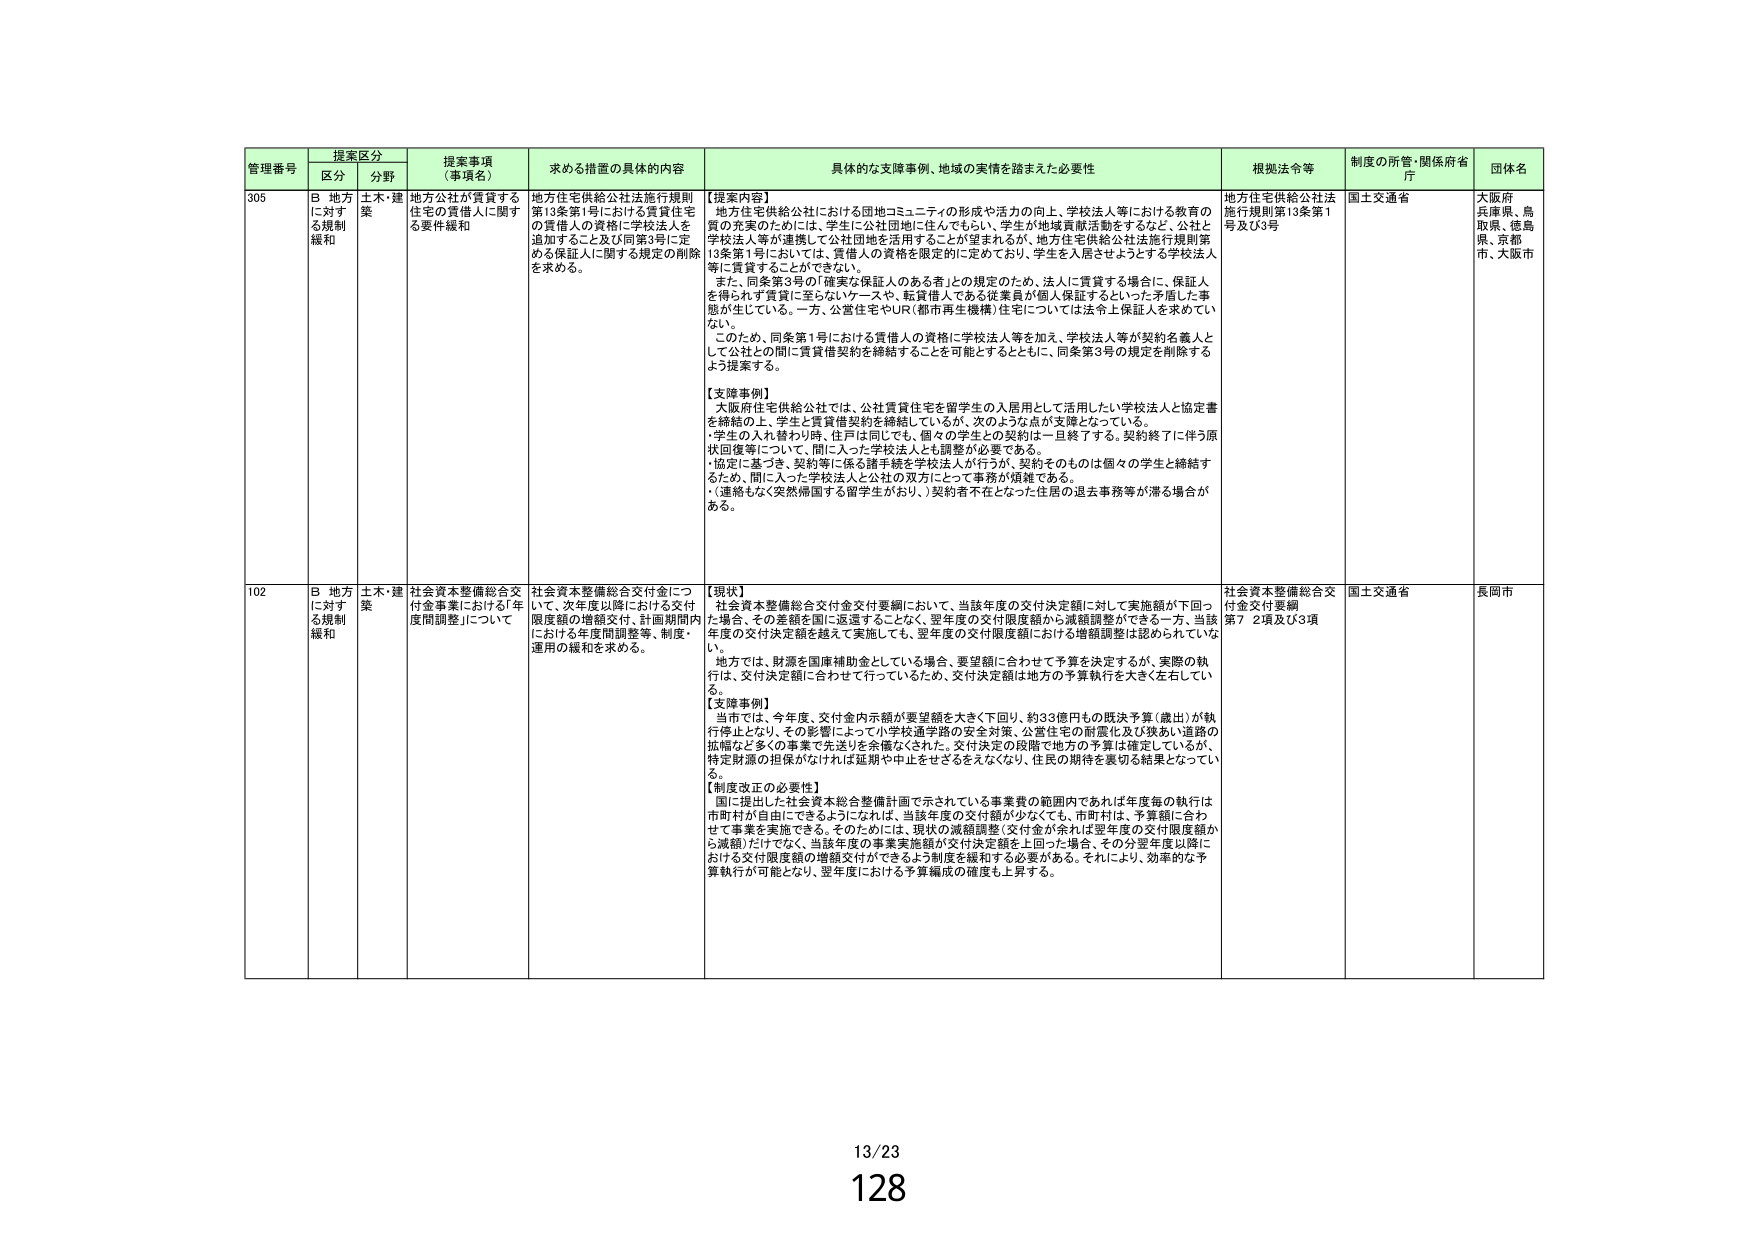
管理番号 提案区分 提案事項（事項名） 求める措置の具体的内容 具体的な支援事例、地域の実情を踏まえた必要性 根拠法令等 制度の所管・関係府省庁 団体名
区分 分野
305 B 地方に対する規制緩和 土木・建築 地方公社が賃貸する住宅の賃借人に関する要件緩和 地方住宅供給公社法施行規則第13条第1号における賃貸住宅の賃借人の資格に学校法人を追加すること及び同第3号に定める保証人に関する規定の削除を求める。 【提案内容】 地方住宅供給公社における団地コミュニティの形成や活力の向上、学校法人等における教育の質の充実のためには、学生に公社団地に住んでもらい、学生が地域貢献活動をするなど、公社と学校法人等が連携して公社団地を活用することが望まれるが、地方住宅供給公社法施行規則第13条第1号においては、賃借人の資格を限定的に定めており、学生を入居させようとする学校法人等に賃貸することができない。 また、同条第3号の「確実な保証人のある者」との規定のため、法人に賃貸する場合に、保証人を得られず賃貸に至らないケースや、転貸借人である従業員が個人保証するといった矛盾した事態が生じている。一方、公営住宅やUR（都市再生機構）住宅については法令上保証人を求めない。 このため、同条第1号における賃借人の資格に学校法人等を加え、学校法人等が契約名義人として公社との間に賃貸借契約を締結することを可能とするとともに、同条第3号の規定を削除するよう提案する。 【支援事例】 大阪府住宅供給公社では、公社賃貸住宅を留学生の入居用として活用したい学校法人と協定書を締結の上、学生と賃貸借契約を締結しているが、次のような点が支障となっている。 ・学生の入れ替わり時、住戸は同じでも、個々の学生との契約は一旦終了する。契約終了に伴う原状回復等について、間に入った学校法人とも調整が必要である。 ・協定に基づき、契約等に係る諸手続を学校法人が行うが、契約そのものは個々の学生と締結するため、間に入った学校法人と公社の双方にとって事務が煩雑である。 （連絡もなく突然帰国する留学生がおり、）契約者不在となった住居の退去事務等が滞る場合がある。 地方住宅供給公社法施行規則第13条第1号及び3号 国土交通省 大阪府 兵庫県、鳥取県、徳島県、京都府、大阪市
102 B 地方に対する規制緩和 土木・建築 社会資本整備総合交付金事業における「年度間調整」について 社会資本整備総合交付金について、次年度以降における交付限度額の増額交付、計画期間内における年度間調整等、制度・運用の緩和を求める。 【現状】 社会資本整備総合交付金交付要綱において、当該年度の交付決定額に対して実施額が下回った場合、その差額を国に返還することなく、翌年度の交付限度額から減額調整ができる一方、当該年度の交付決定額を越えて実施しても、翌年度の交付限度額における増額調整は認められていな い。 地方では、財源を国庫補助金としている場合、要望額に合わせて予算を決定するが、実際の執行は、交付決定額に合わせて行っているため、交付決定額は地方の予算執行を大きく左右している。 【支援事例】 当市では、今年度、交付金内示額が要望額を大きく下回り、約33億円もの既決予算（歳出）が執行停止となり、その影響によって小学校通学路の安全対策、公営住宅の耐震化及び狭あい道路の拡幅など多くの事業が実施されなかった。交付決定の段階で地方の予算は確定しているが、特定財源の担保がなければ延期や中止をせざるをえなくなり、住民の期待を裏切る結果となっている。 【制度改正の必要性】 国に提出した社会資本総合整備計画で示されている事業費の範囲内であれば年度毎の執行は市町村が自由にできるようになれば、当該年度の交付額が少なくても、市町村は、予算額に合わせて事業を実施できる。そのためには、現状の減額調整（交付金が余れば翌年度の交付限度額から減額）だけでなく、当該年度の事業実施額が交付決定額を上回った場合、その分翌年度以降における交付限度額の増額交付ができるよう制度を緩和する必要がある。それにより、効率的な予算執行が可能となり、翌年度における予算編成の確度も上昇する。 社会資本整備総合交付金交付要綱第7 2項及び3項 国土交通省 長岡市
13/23
128